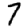
Digit: 7